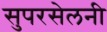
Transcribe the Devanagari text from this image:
सुपरसेलनी